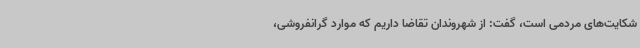
شکایت‌های مردمی است، گفت: از شهروندان تقاضا داریم که موارد گرانفروشی،